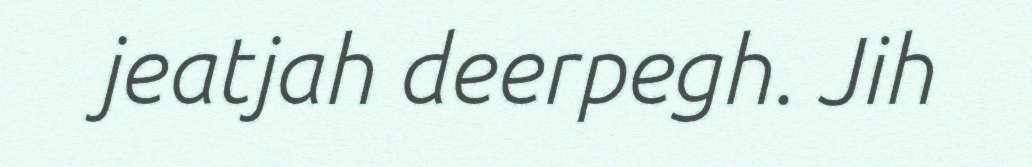
jeatjah deerpegh. Jih